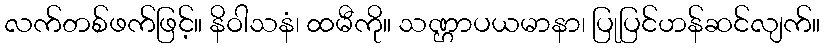
လက်တစ်ဖက်ဖြင့်။ နိဝါသနံ၊ ထမီကို။ သဏ္ဌာပယမာနာ၊ ပြုပြင်ဟန်ဆင်လျက်။